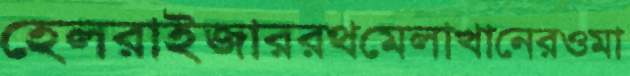
হেলরাইজাররথমেলাখানেরওমা